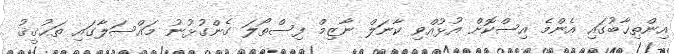
އިންތިޚާބުގައި އެންމެ އިސްކޮށް އުޅުއްވި ކާނަލް ނާޒިމް ފިސްތޯލަ ގެންގުޅުނު މައްސަލާގައި ތަޙުޤީޤު